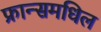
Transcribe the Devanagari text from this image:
फ्रान्समधिल